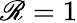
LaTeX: \mathscr{R}=1